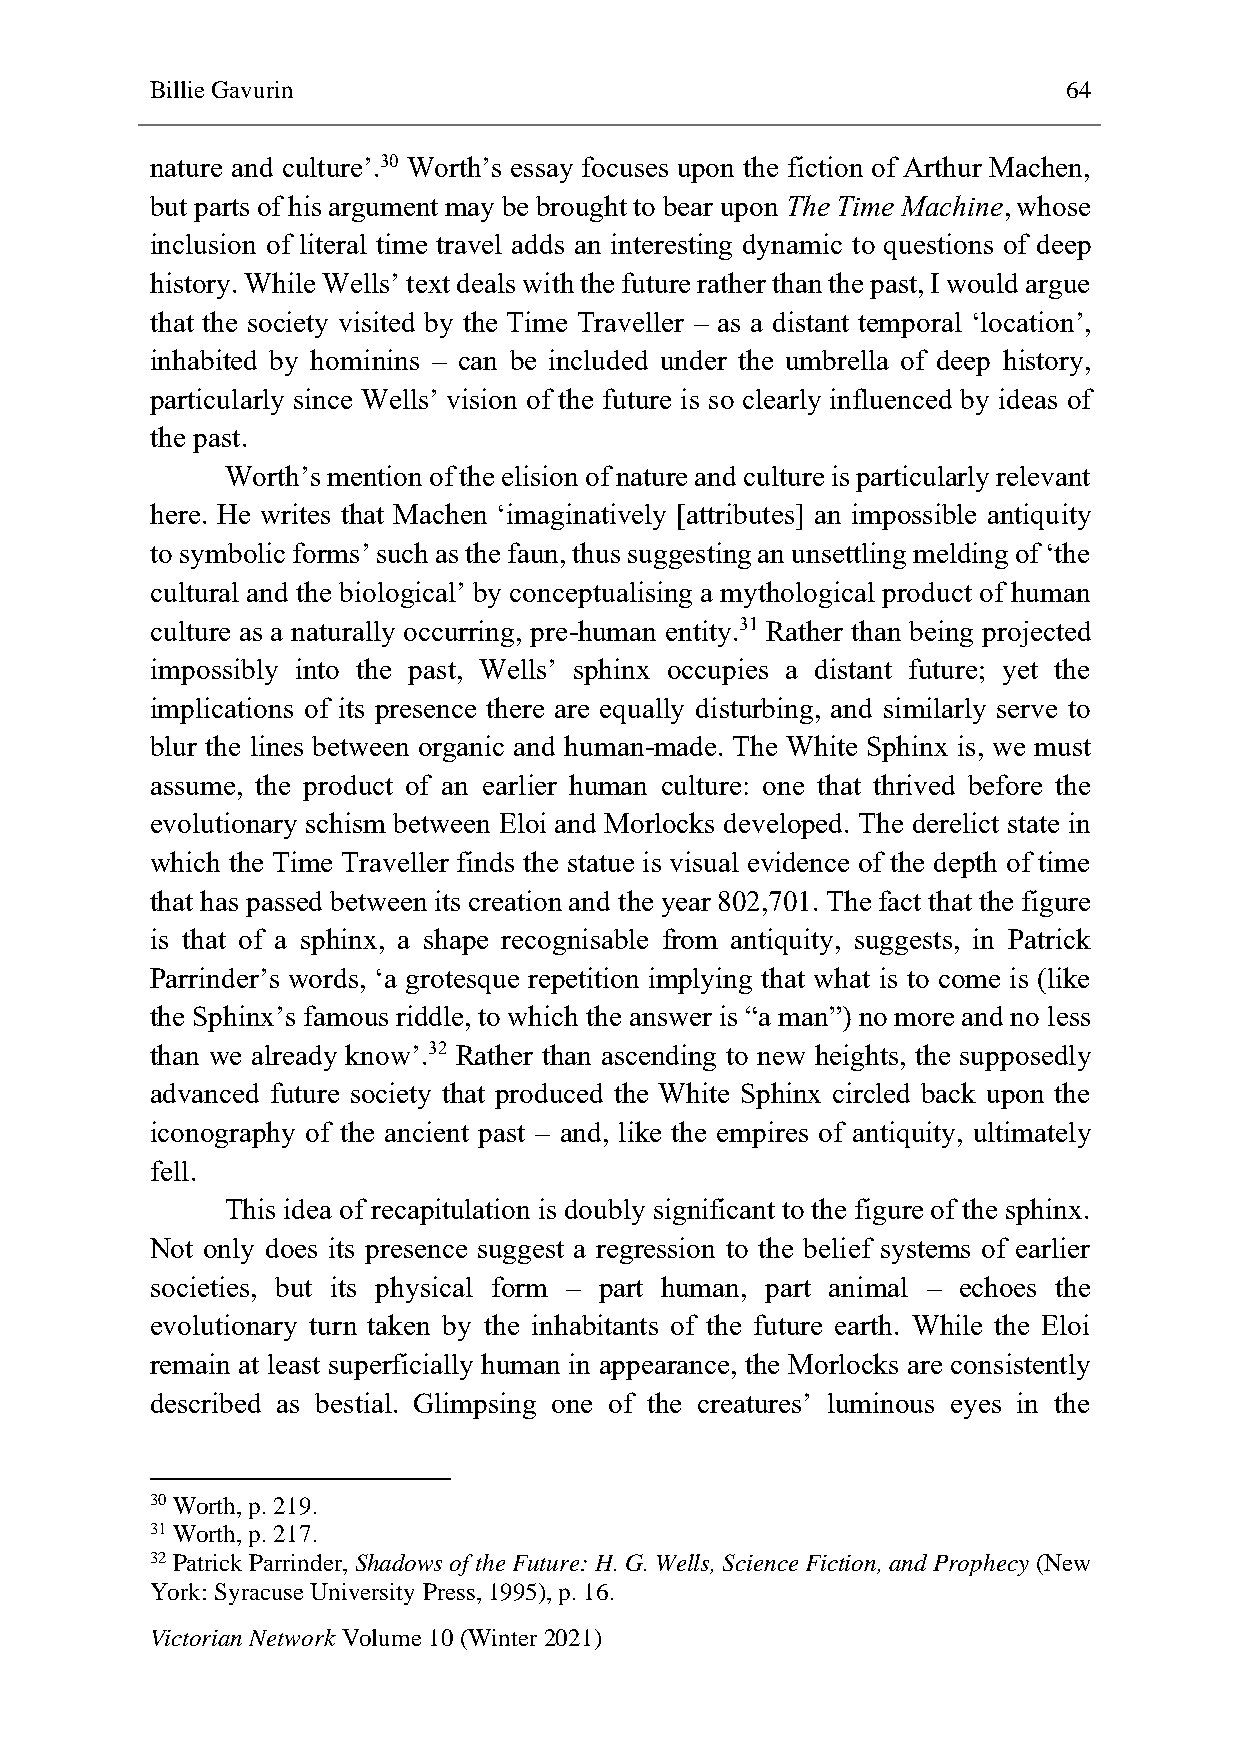
Billie Gavurin                                               64
 nature and culture’.30 Worth’s essay focuses upon the fiction of Arthur Machen,
 but parts of his argument may be brought to bear upon The Time Machine, whose
 inclusion of literal time travel adds an interesting dynamic to questions of deep
 history. While Wells’ text deals with the future rather than the past, I would argue
 that the society visited by the Time Traveller – as a distant temporal ‘location’,
 inhabited by hominins – can be included under the umbrella of deep history,
 particularly since Wells’ vision of the future is so clearly influenced by ideas of
 the past.
 Worth’s mention of the elision of nature and culture is particularly relevant
 here. He writes that Machen ‘imaginatively [attributes] an impossible antiquity
 to symbolic forms’ such as the faun, thus suggesting an unsettling melding of ‘the
 cultural and the biological’ by conceptualising a mythological product of human
 culture as a naturally occurring, pre-human entity.31 Rather than being projected
 impossibly into the past, Wells’ sphinx occupies a distant future; yet the
 implications of its presence there are equally disturbing, and similarly serve to
 blur the lines between organic and human-made. The White Sphinx is, we must
 assume, the product of an earlier human culture: one that thrived before the
 evolutionary schism between Eloi and Morlocks developed. The derelict state in
 which the Time Traveller finds the statue is visual evidence of the depth of time
 that has passed between its creation and the year 802,701. The fact that the figure
 is that of a sphinx, a shape recognisable from antiquity, suggests, in Patrick
 Parrinder’s words, ‘a grotesque repetition implying that what is to come is (like
 the Sphinx’s famous riddle, to which the answer is “a man”) no more and no less
 than we already know’.32 Rather than ascending to new heights, the supposedly
 advanced future society that produced the White Sphinx circled back upon the
 iconography of the ancient past – and, like the empires of antiquity, ultimately
 fell.
 This idea of recapitulation is doubly significant to the figure of the sphinx.
 Not only does its presence suggest a regression to the belief systems of earlier
 societies, but its physical form – part human, part animal – echoes the
 evolutionary turn taken by the inhabitants of the future earth. While the Eloi
 remain at least superficially human in appearance, the Morlocks are consistently
 described as bestial. Glimpsing one of the creatures’ luminous eyes in the
 30 Worth, p. 219.
 31 Worth, p. 217.
 32 Patrick Parrinder, Shadows of the Future: H. G. Wells, Science Fiction, and Prophecy (New
 York: Syracuse University Press, 1995), p. 16.
 Victorian Network Volume 10 (Winter 2021)